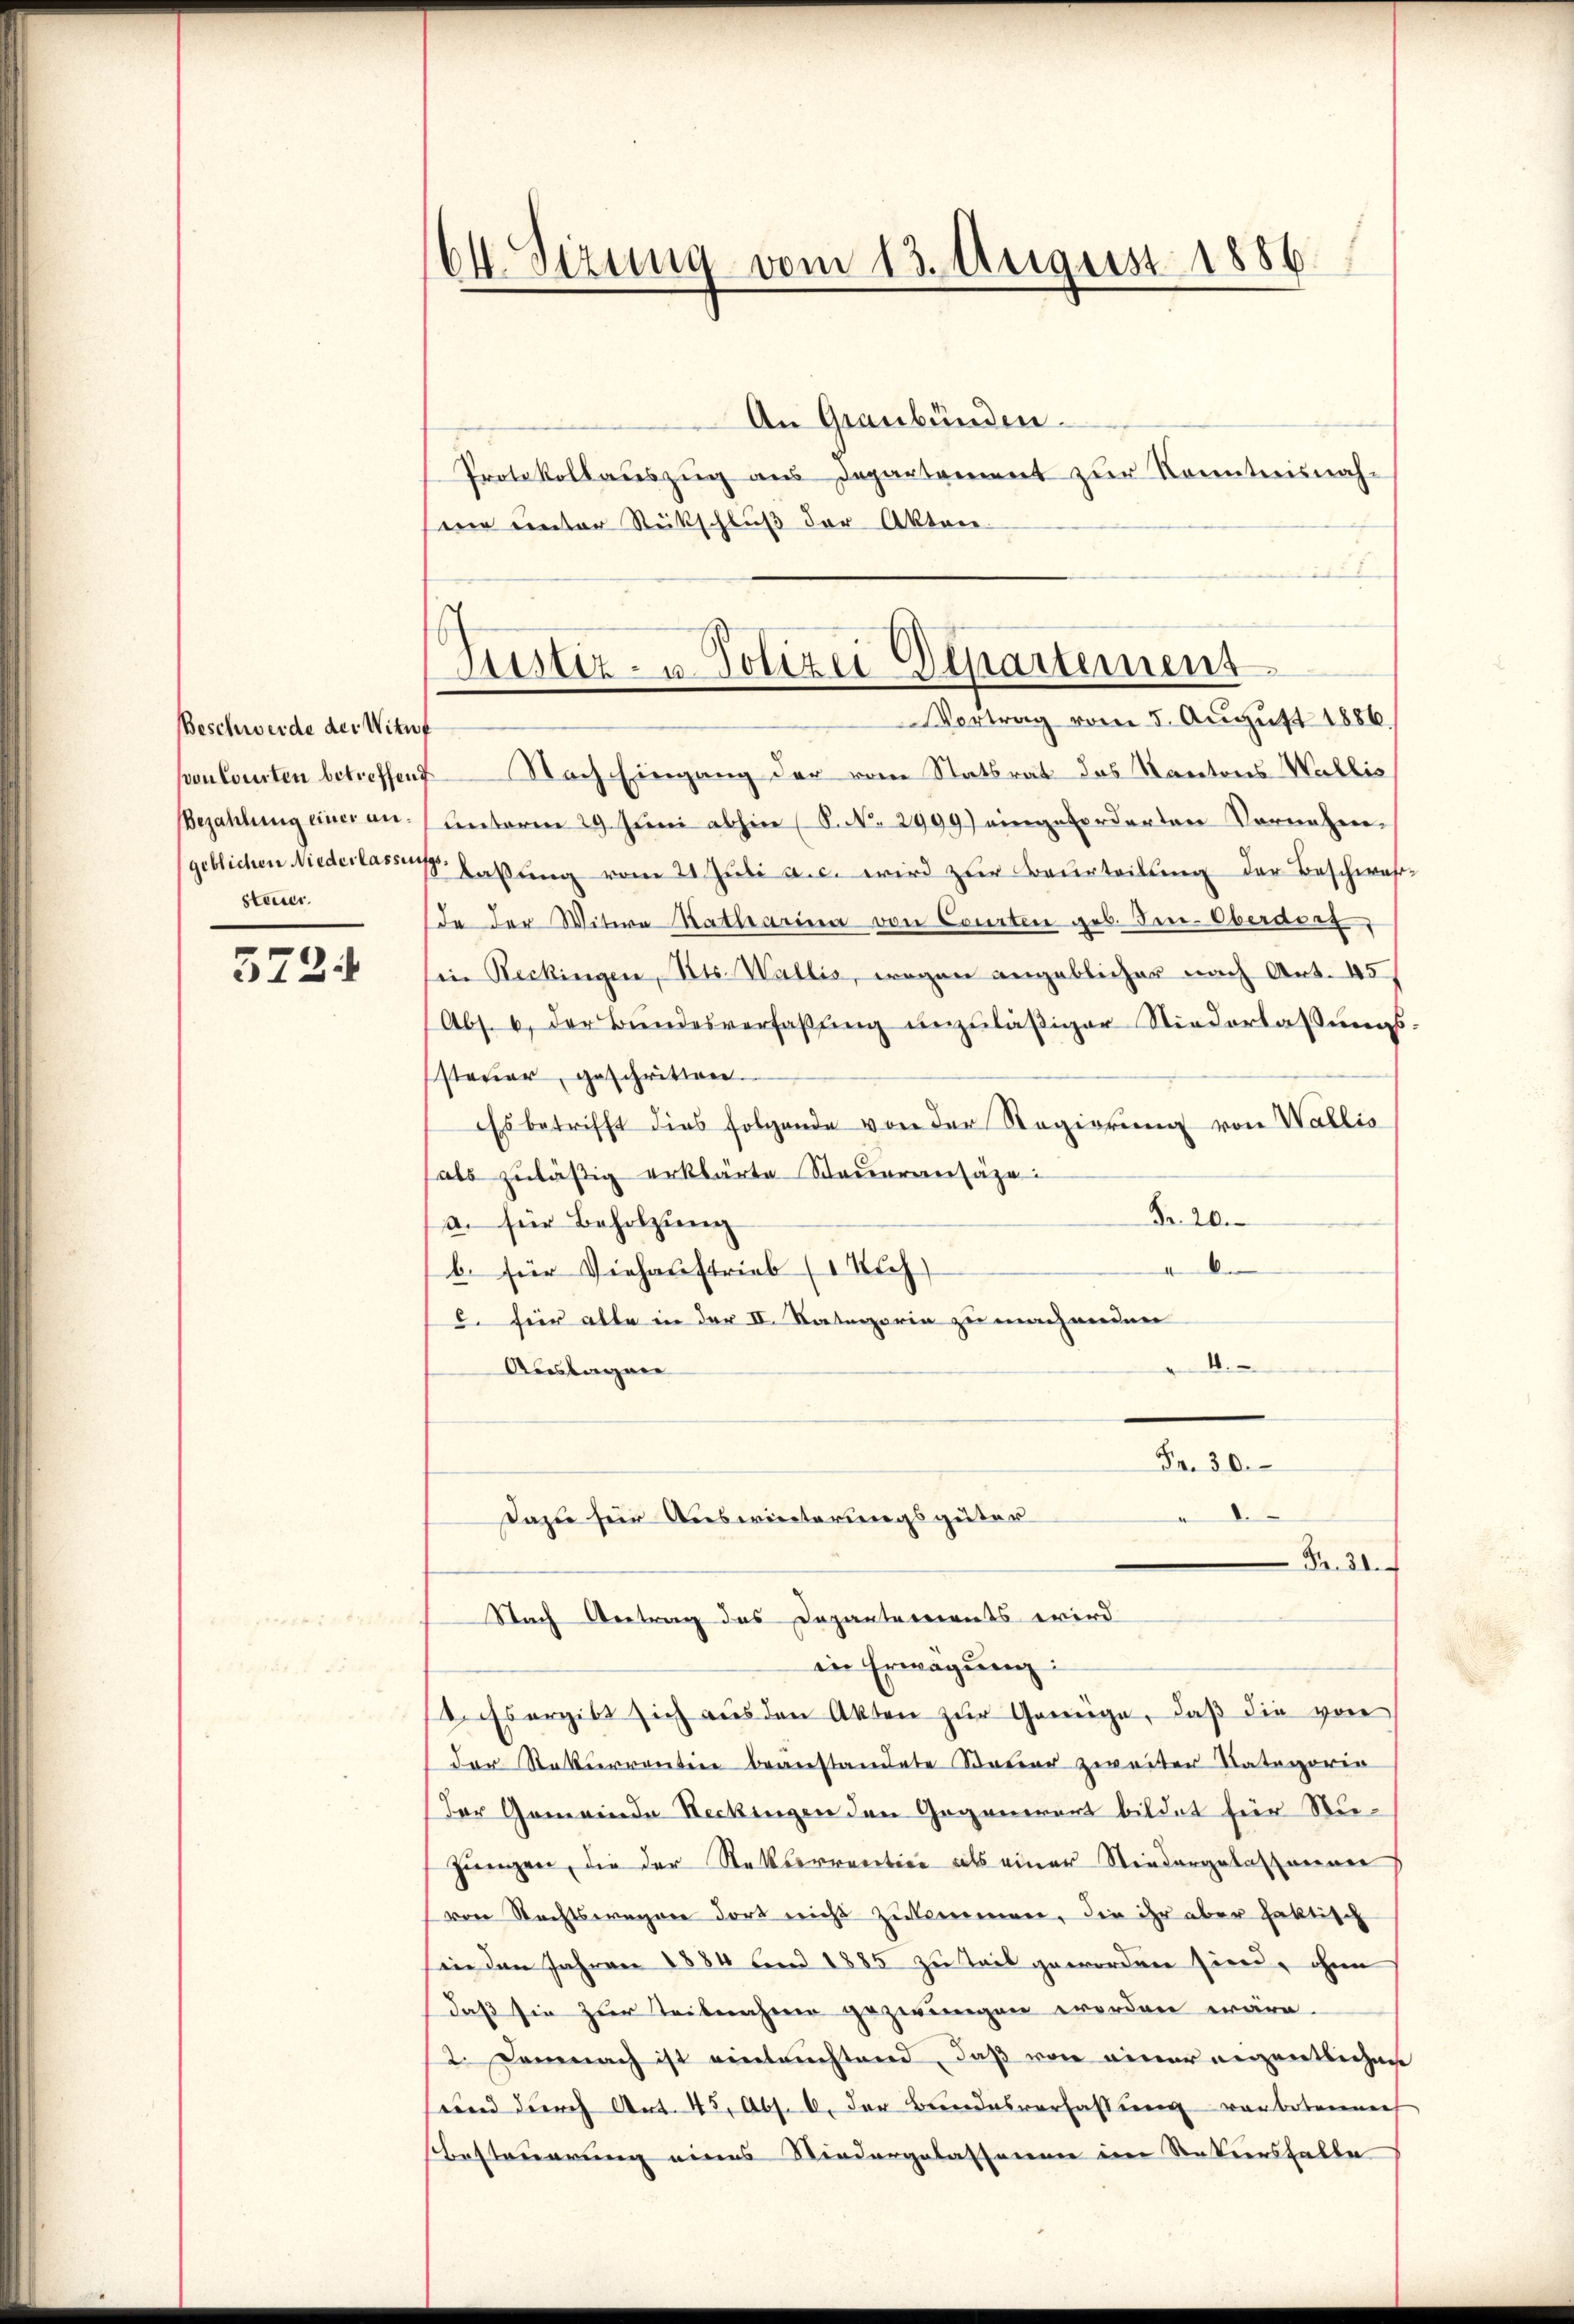
Beschwerde der Witwe
Bezahlung einer ansteiner

372.

CV. Sizung vom 13. August 1886

An Graubünden.
Protokollauszug aus Departament zur Konntnisnahsene unter Rückschluß der Akten
u
ponleiten betreffend Nach Eingang der vom Statsrat das Kantons Wallis
unterm 29. Juni abhin (S. 2999) eingeforderten Vornahme¬
(geblichen Niederlassens. Haβŭng vom 21. Jŭli a. c. wird zur Beurteilung der Beschwehr-
Ia der Witwe Katharina von Courten geb. Ine-Oberderg
in Reckingen, Kts. Wallis, wegen angeblicher nach Art. 45,
Abs. 6. der Bundesverfaßung unzuläßiger Niederlassungssteuer, geschritten.
Es betrifft dies folgende von der Regierŭng von Wallis
als zuläßig erklärte Steueransäze:
Nr. 20.
a. für Beholzung
4
b. für Viehaustrieb (1 Kuh
5. für alte in der II. Kategorie zu machenden
4.
Auslagen
Fr. 30.
Dazu für Auswinterungsgüter
Fr. 31.
Nach Antrag des Departements wird
in Erwägung:
sass ergibt sich aŭs den Akten zŭr Genüge, daβ die von
der Rekurrenten beanstandete Bauer zweiter Kategorie
der Gemeinde Neckingen den Gegenwart bildet für Stu¬
Hungen, die der Stattserrection als einer Stiedergelassener
von Rechtswegen dort nicht zukommen, die ihr aber faktisch
in den Jahren 1884 und 1885 zu Teil geworden sind, ohne
daß sie zur Teilnahme gezwungen werden wäre.
st. Demnach ist einleuchtend, daß von einer eigentlichen
end durch Art. 45, Abs. 1. der Bundesverfassung von botannen
Besteuerung eines Niedergelassenen im Natiersfalle

Rustiz- u. Polizei Departement
Vortrag vom 5. Aŭgŭst 1886.